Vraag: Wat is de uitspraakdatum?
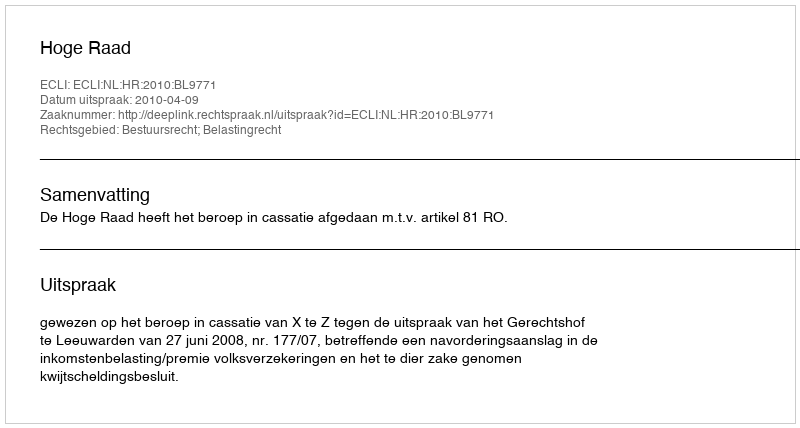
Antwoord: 2010-04-09